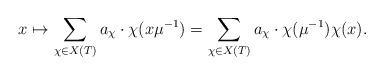
LaTeX: \begin{align*}x\mapsto\sum_{\chi\in X(T)} a_\chi\cdot \chi(x\mu^{-1})=\sum_{\chi\in X(T)} a_\chi\cdot \chi(\mu^{-1})\chi(x).\end{align*}